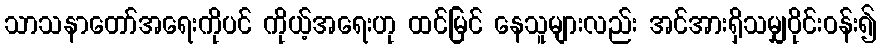
သာသနာတော်အရေးကိုပင် ကိုယ့်အရေးဟု ထင်မြင် နေသူများလည်း အင်အားရှိသမျှဝိုင်းဝန်း၍